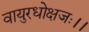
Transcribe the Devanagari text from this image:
वायुरधोक्षजः।।